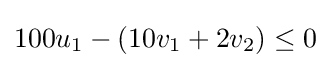
100u_{1}-(10v_{1}+2v_{2})\leq 0